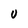
Character: U